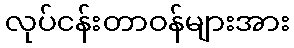
လုပ်ငန်းတာဝန်များအား